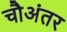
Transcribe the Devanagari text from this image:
चौअंतर